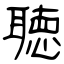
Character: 聴